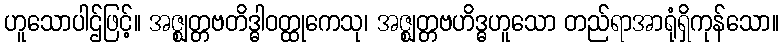
ဟူသောပါဌ်ဖြင့်။ အဇ္ဈတ္တဗတိဒ္ဓါဝတ္ထုကေသု၊ အဇ္ဈတ္တဗဟိဒ္ဓဟူသော တည်ရာအာရုံရှိကုန်သော။